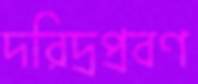
দরিদ্রপ্রবণ